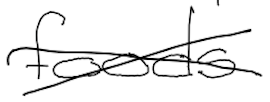
Text: foods
Cross-out: cross
Writing tool: digital_black